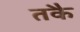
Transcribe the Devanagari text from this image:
तकै